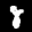
Label: 8